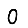
Digit: 0